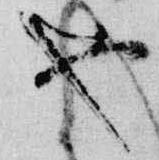
也